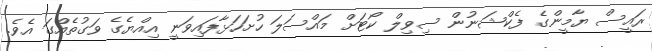
ރައީސް ޔާމީންގެ ފެކްޝަނުން ސިވިލް ކޯޓަށް މައްސަލަ ހުށަހަޅާފައިވަނީ އިއްޔެގެ ވަގުތެއްގަ އެވެ.